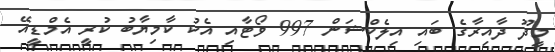
މީދޫ ދާއިރާގެ ބައި އިލެކްޝަން 997 ވޯޓާއި އެކު ކާމިޔާބު ކުރީ އެމްޑީއޭ